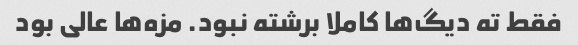
فقط ته دیگ‌ها کاملا برشته نبود. مزه‌ها عالی بود